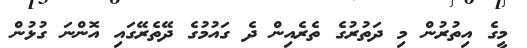
މީގެ އިތުރުން މި ދަތުރުގެ ތެރެއިން ދެ ގައުމުގެ ދޭތެރޭގައި އޮންނަ ގުޅުން